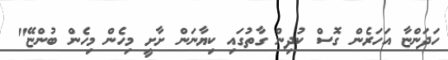
ހަދަންޏާ އަހަރެން ގޮސް ކުދިން ގާތުގައި ކިޔާނަން ށާށީ މިހެން މިހެން ބުންޏޭ"